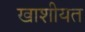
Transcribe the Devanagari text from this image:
खाशीयत